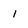
Character: 1